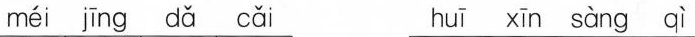
méi jīng dǎ cǎi huī xīn sàng qì